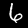
Digit: 6